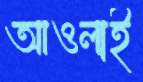
আওলাই